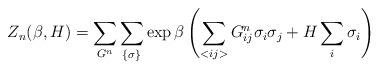
LaTeX: \begin{align*}Z_n(\beta, H) = \sum_{G^n}\sum_{\{ \sigma \}} \exp \beta \left( \sum_{<ij>} G^n_{ij} \sigma_i\sigma_j + H \sum_i \sigma_i \right) \end{align*}